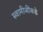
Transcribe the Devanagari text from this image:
स्वामीजींकडे